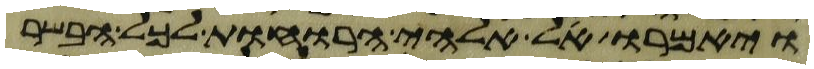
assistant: ויאמרו אל אלהי הרוחות לכל הבשר